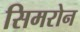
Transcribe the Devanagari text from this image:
सिमरोन